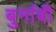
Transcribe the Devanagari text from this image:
बुर्नाबी